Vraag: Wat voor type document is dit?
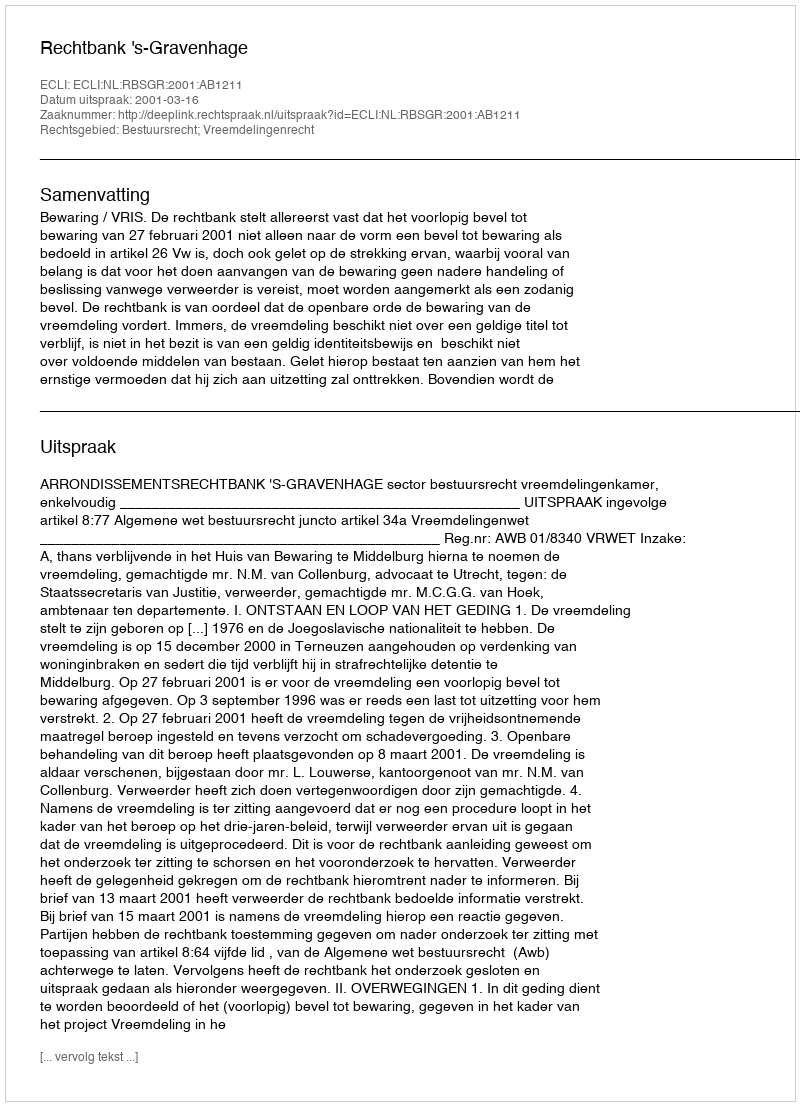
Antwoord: Uitspraak